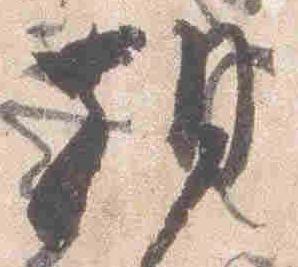
朝